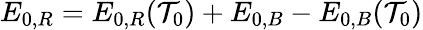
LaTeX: E_{0,R}=E_{0,R}(\mathcal{T}_{0})+E_{0,B}-E_{0,B}(\mathcal{T}_{0})